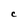
Character: C